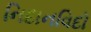
નિદાનવિદો